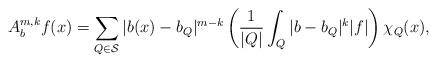
LaTeX: \begin{align*}A_{b}^{m,k}f(x)=\sum_{Q\in\mathcal{S}}|b(x)-b_{Q}|^{m-k}\left(\frac{1}{|Q|}\int_{Q}|b-b_{Q}|^{k}|f|\right)\chi_{Q}(x),\end{align*}